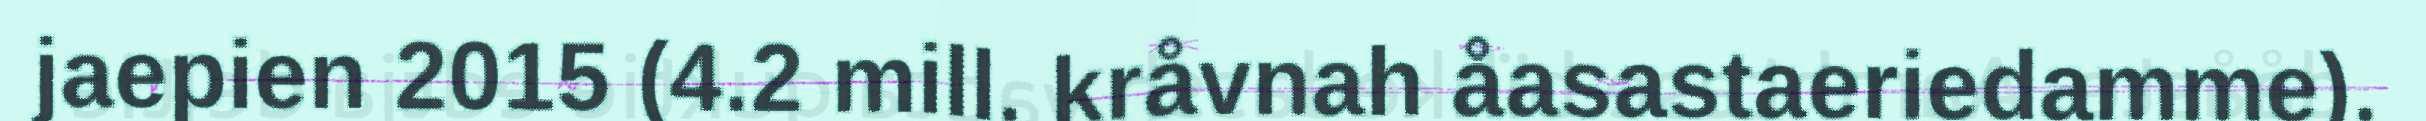
jaepien 2015 (4.2 mill. kråvnah åasastaeriedamme).